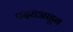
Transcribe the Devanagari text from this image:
पदराआडून